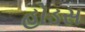
હોડસ